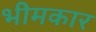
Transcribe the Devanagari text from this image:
भीमकार